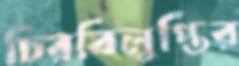
চিরবিলুপ্তির